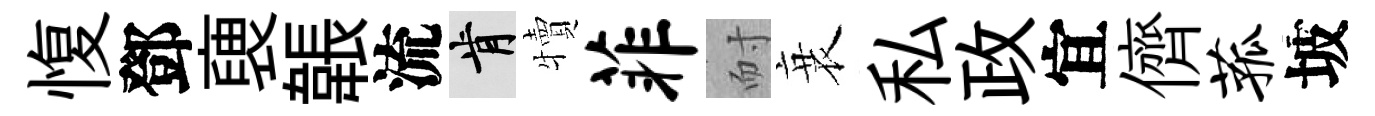
愎鄧褏韔流肯犢菲耐衰私政宜儕菰坡